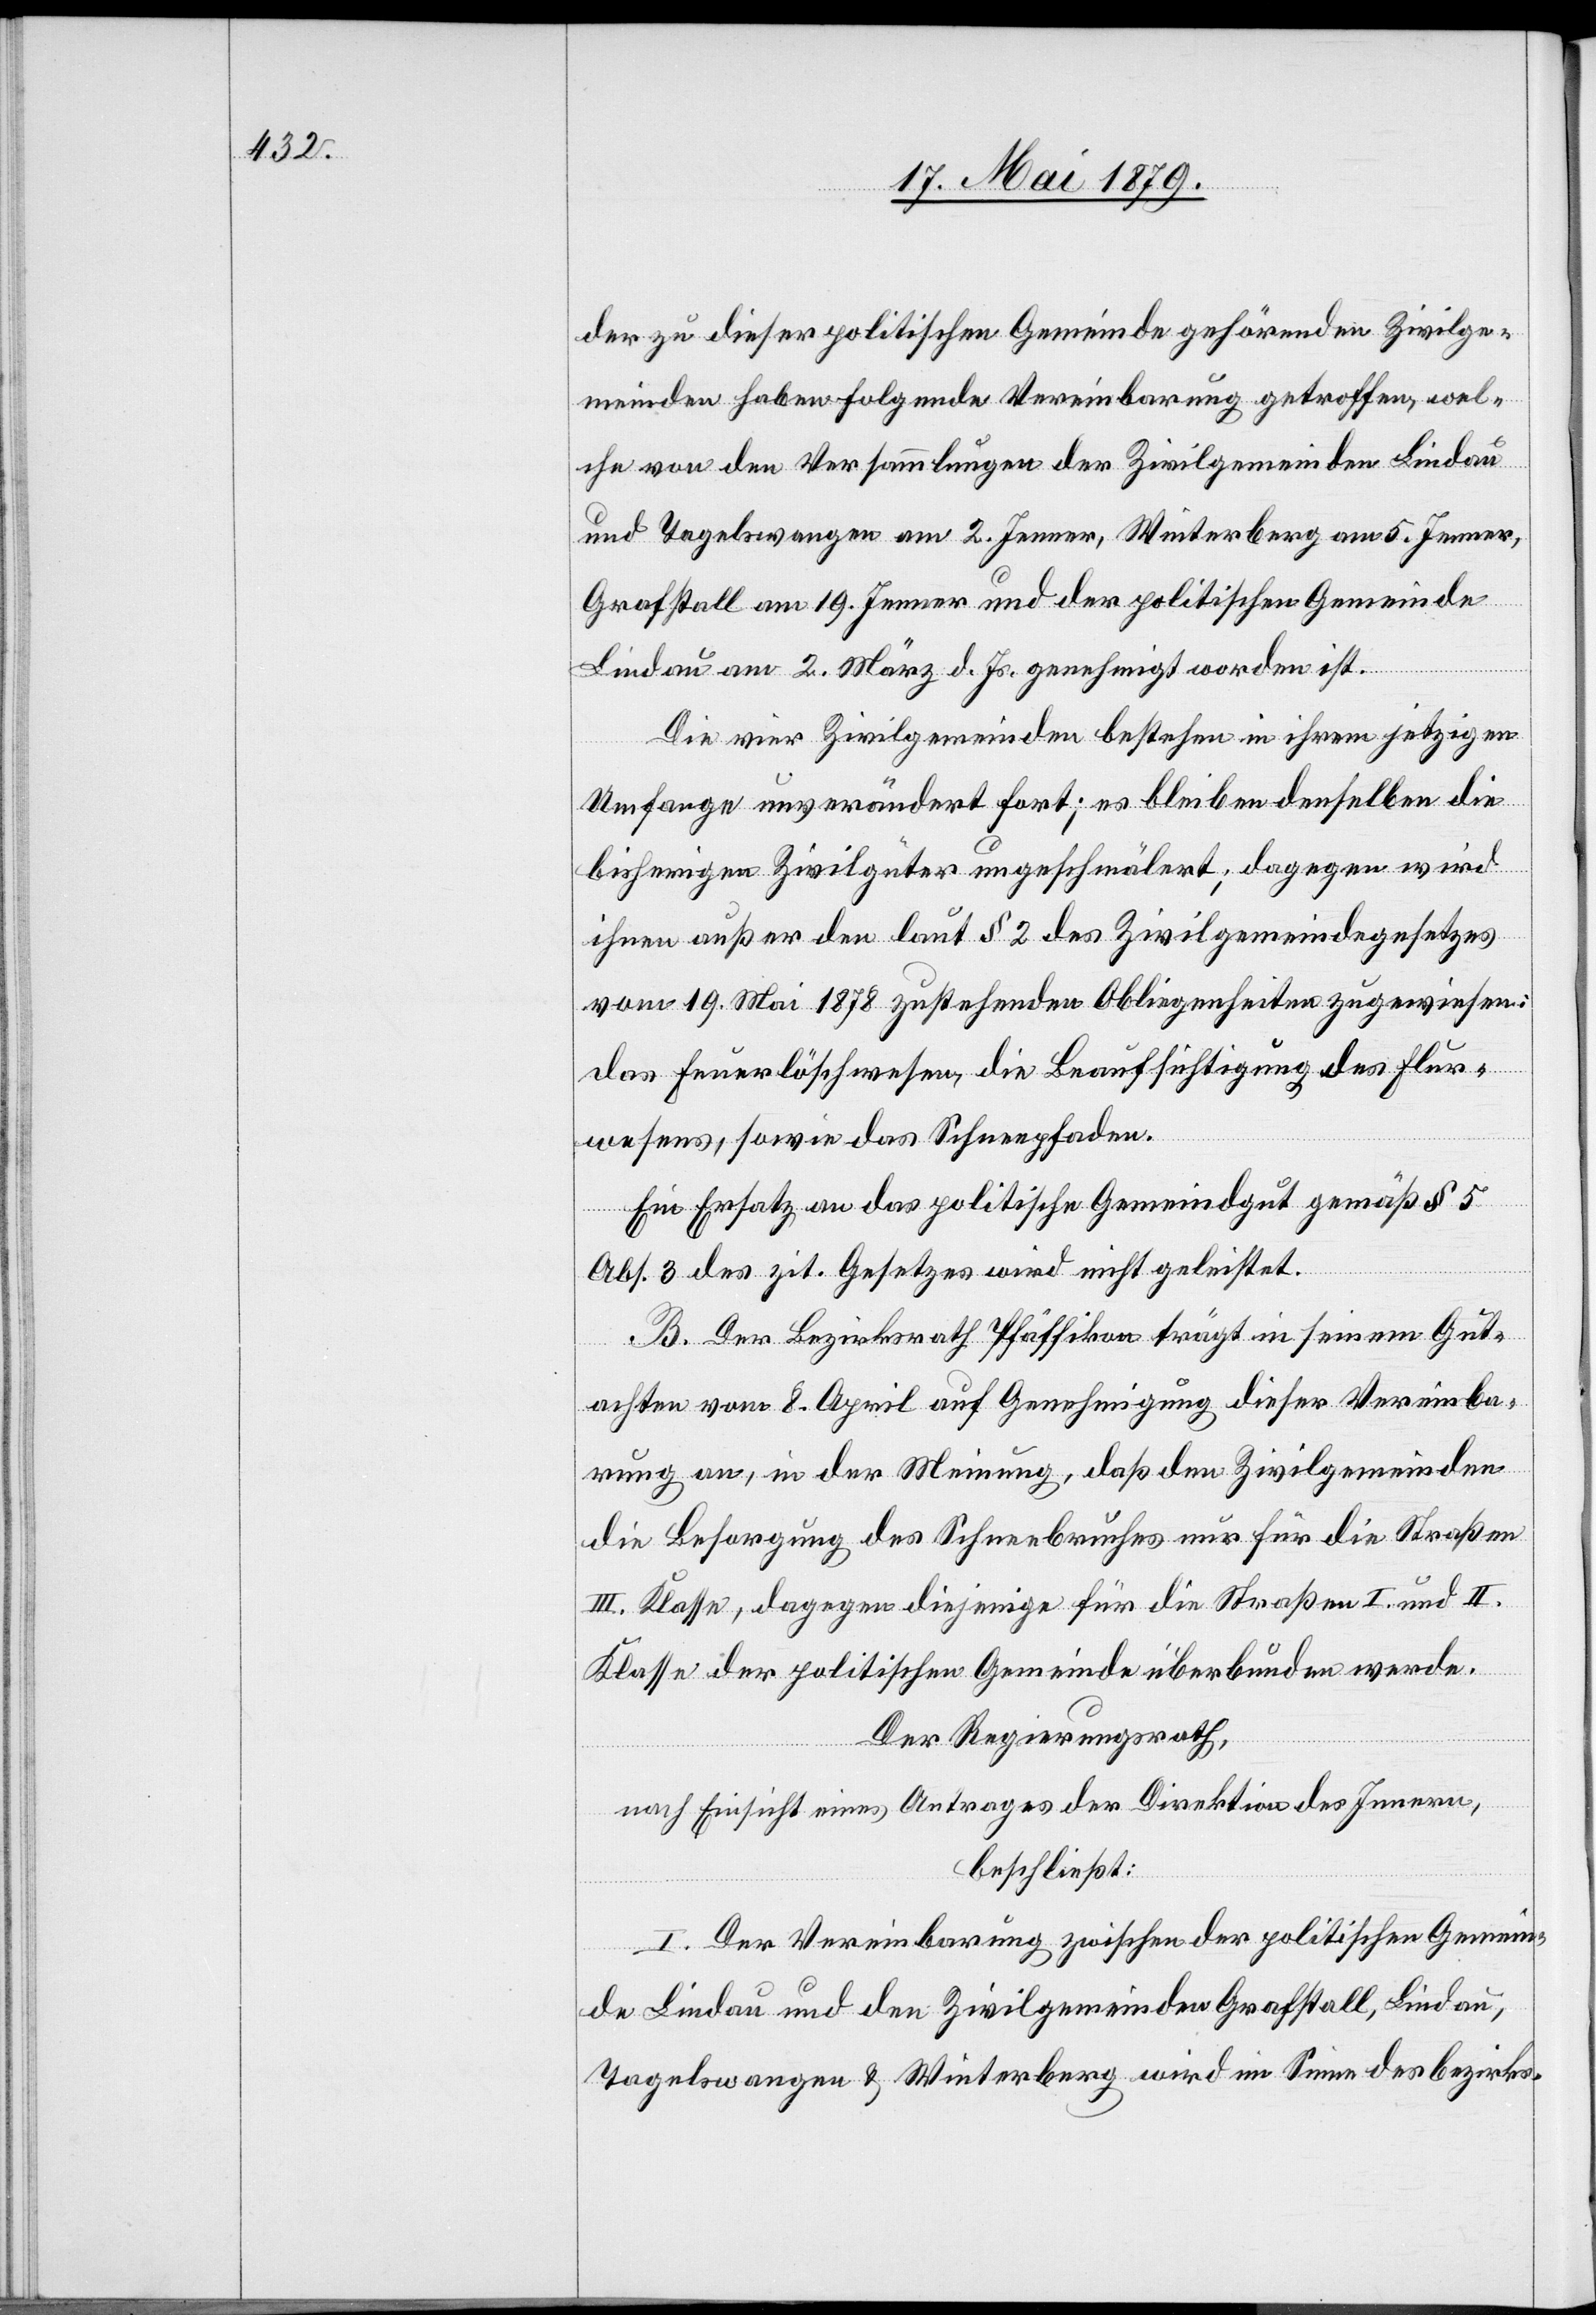
der zu dieser politischen Gemeinde gehörenden Zivilge¬
meinden haben folgende Vereinbarung getroffen, wel¬
che von den Versammlungen der Zivilgemeinden Lindau
und Tagelswangen am 2. Jenner, Winterberg am 5. Jenner,
Grafstall am 19. Jenner und der politischen Gemeinde
Lindau am 2. März d. Js. genehmigt worden ist.
Die vier Zivilgemeinden bestehen in ihrem jetzigen
Umfange unverändert fort; es bleiben denselben die
bisherigen Zivilgüter ungeschmälert; dagegen wird
ihnen außer den laut § 2 des Zivilgemeindegesetzes
vom 19. Mai 1878 zustehenden Obliegenheiten zugewiesen:
das Feuerlöschwesen, die Beaufsichtigung des Flur¬
wesens, sowie das Schneepfaden.
Ein Ersatz an das politische Gemeindgut gemäß § 5
Abs. 3 des zit. Gesetzes wird nicht geleistet.
B. Der Bezirksrath Pfäffikon trägt in seinem Gut¬
achten vom 8. April auf Genehmigung dieser Vereinba¬
rung an, in der Meinung, daß den Zivilgemeinden
die Besorgung des Schneebruches nur für die Straßen
III. Klasse, dagegen diejenige für die Straßen I. und II.
Klasse der politischen Gemeinde überbunden werde.
Der Regierungsrath,
nach Einsicht eines Antrages der Direktion des Innern,
beschließt:
I. Der Vereinbarung zwischen der politischen Gemein¬
de Lindau und den Zivilgemeinden Grafstall, Lindau,
Tagelswangen & Winterberg wird im Sinne des bezirks-